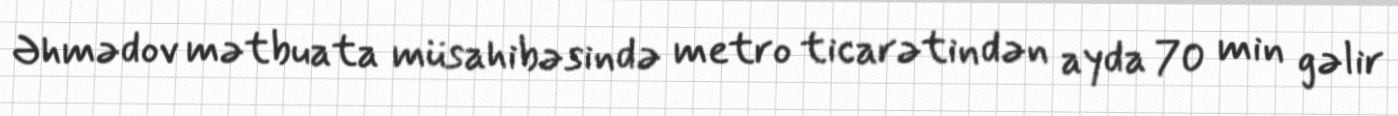
Əhmədov mətbuata müsahibəsində metro ticarətindən ayda 70 min gəlir